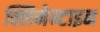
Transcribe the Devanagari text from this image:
क्लिमेन्टाइन